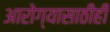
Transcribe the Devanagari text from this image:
आरोग्यासाठीही